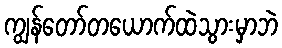
ကျွန်တော်တယောက်ထဲသွားမှာဘဲ